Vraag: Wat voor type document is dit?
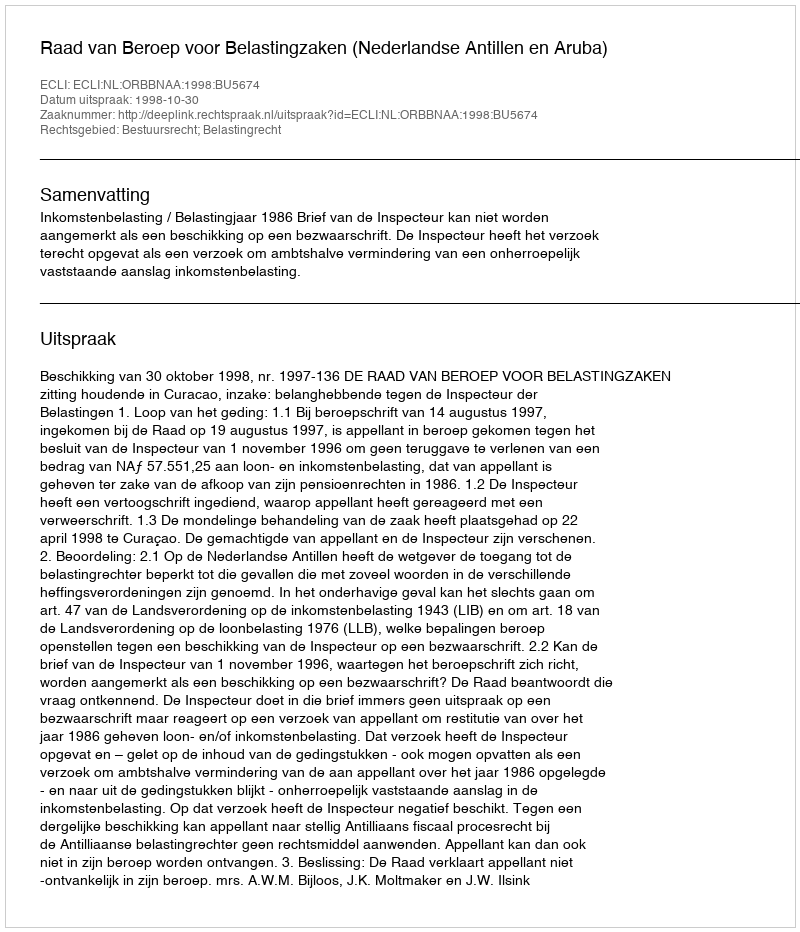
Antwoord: Uitspraak